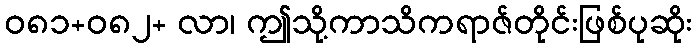
ဝ၈၁+၀၈၂+ လာ၊ ဤသို့ကာသိကရာဇ်တိုင်းဖြစ်ပုဆိုး